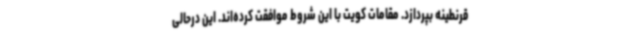
قرنطینه بپردازد. مقامات کویت با این شروط موافقت کرده‌اند. این درحالی